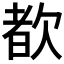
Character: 𬅩